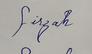
Signature authenticity: genuine